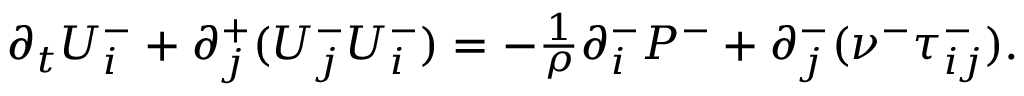
\begin{array} { r } { \partial _ { t } U _ { i } ^ { - } + \partial _ { j } ^ { + } ( U _ { j } ^ { - } U _ { i } ^ { - } ) = - \frac { 1 } { \rho } \partial _ { i } ^ { - } P ^ { - } + \partial _ { j } ^ { - } ( \nu ^ { - } \tau _ { i j } ^ { - } ) . } \end{array}